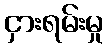
ငှားရမ်းမှု